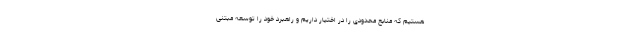
هستیم که منابع محدودی را در اختیار داریم و راهبرد خود را توسعه مبتنی